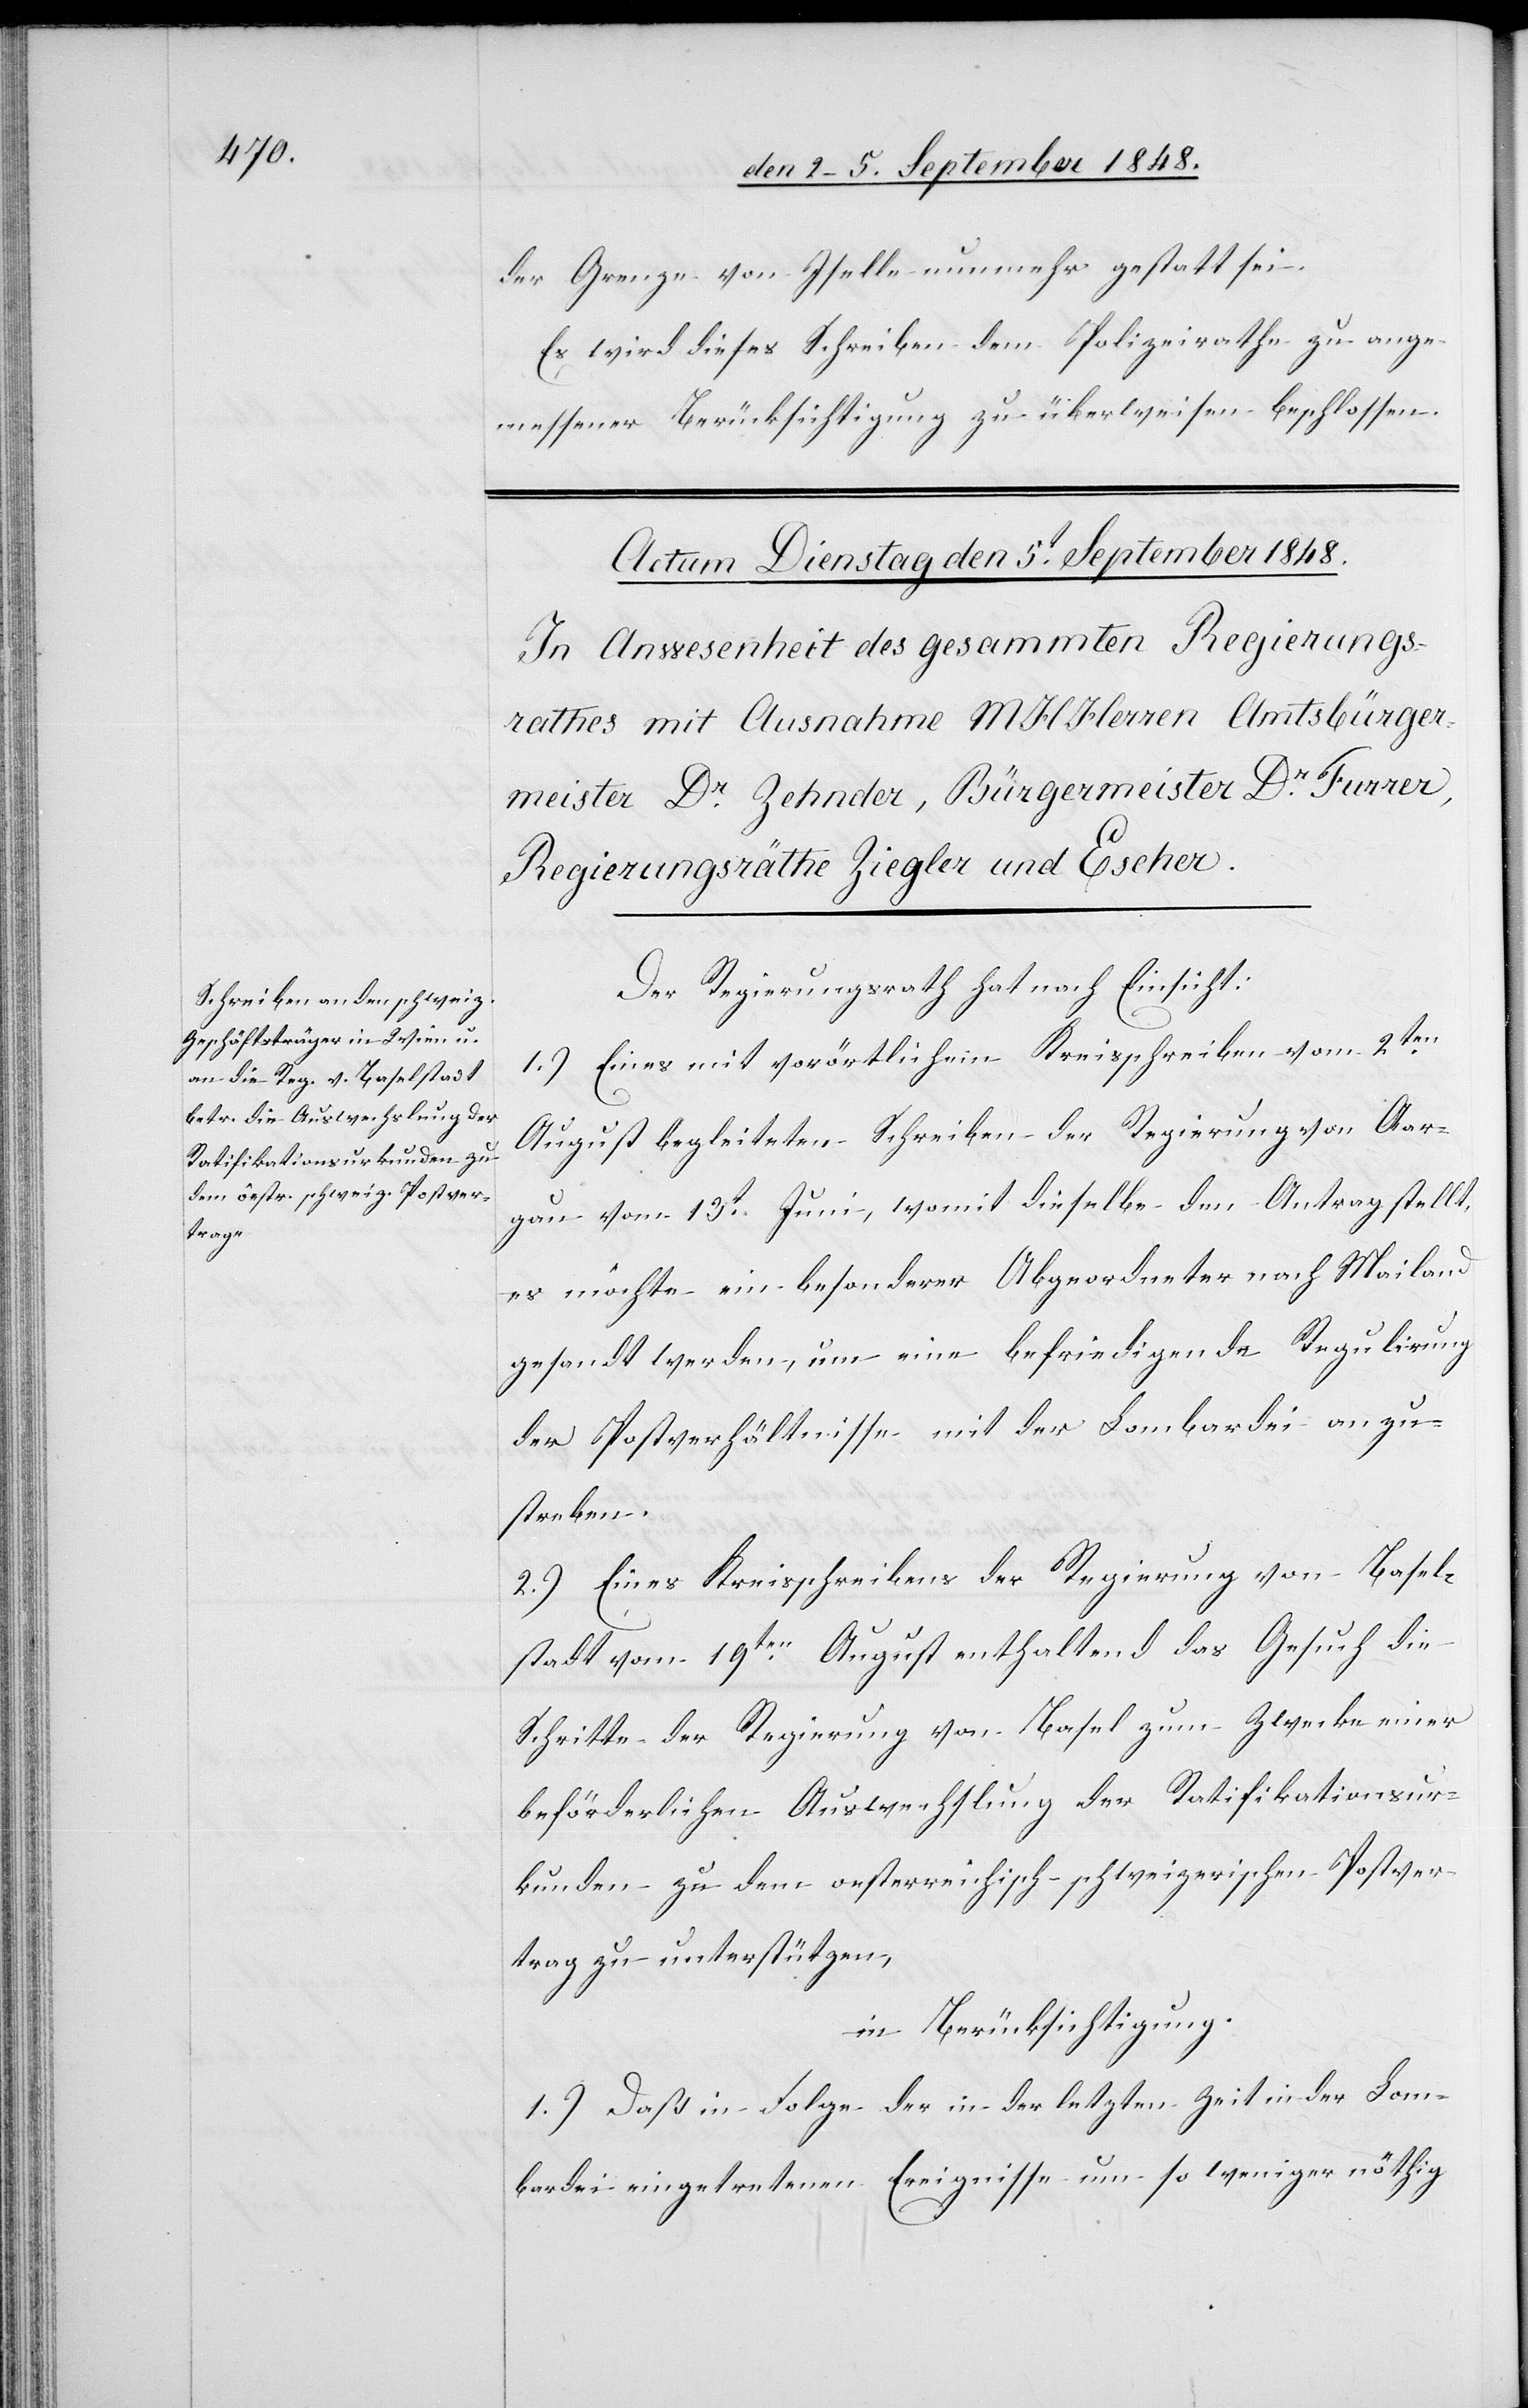
der Grenze von Iselle nunmehr gestatt[et] sei.
Es wird dieses Schreiben dem Polizeirathe zu ange¬
messener Berücksichtigung zu überweisen beschlossen.
Der Regierungsrath hat nach Einsicht:
1.) Eines mit vorörtlichen Kreisschreiben vom 2ten
August begleiteten Schreiben der Regierung von Aar¬
gau vom 13t Juni, womit dieselbe den Antrag stellt,
es möchte ein besonderer Abgeordneter nach Mailand
gesandt werden, um eine befriedigende Regulirung
der Postverhältnisse mit der Lombardei anzu¬
streben.
2.) Eines Kreisschreibens der Regierung von Basel¬
stadt vom 19t August enthaltend das Gesuch die
Schritte der Regierung von Basel zum Zwecke einer
beförderlichen Auswechslung der Ratifikationsur¬
kunde zu dem oesterreichisch schweizerischen Postver¬
trag zu unterstützen,
in Berücksichtigung,
1.) Daß in Folge der in der letzten Zeit in der Lom¬
bardei eingetretenen Ereignisse um so weniger nöthig